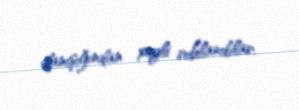
danışığından xeyli ruhlanıblar.